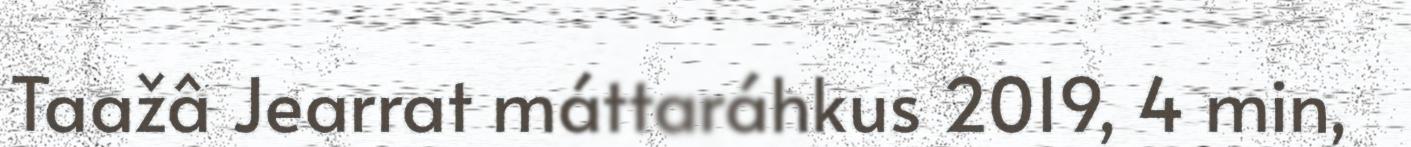
Taažâ Jearrat máttaráhkus 2019, 4 min,